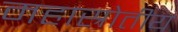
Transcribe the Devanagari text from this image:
महास्रोतीय